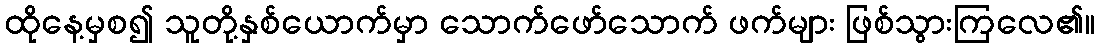
ထိုနေ့မှစ၍ သူတို့နှစ်ယောက်မှာ သောက်ဖော်သောက် ဖက်များ ဖြစ်သွားကြလေ၏။